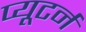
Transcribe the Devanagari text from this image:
प्यूटर्न